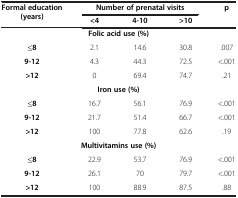
| Formal education (years) | <COLSPAN=3> Number of prenatal visits | p |
 |  | <4 | 4-10 | >10 |  |
 | --- | --- | --- | --- | --- |
 | <COLSPAN=5> Folic acid use (%) |
 | ≤8 | 2.1 | 14.6 | 30.8 | .007 |
 | 9-12 | 4.3 | 44.3 | 72.5 | <.001 |
 | >12 | 0 | 69.4 | 74.7 | .21 |
 | <COLSPAN=5> Iron use (%) |
 | ≤8 | 16.7 | 56.1 | 76.9 | <.001 |
 | 9-12 | 21.7 | 51.4 | 66.7 | <.001 |
 | >12 | 100 | 77.8 | 62.6 | .19 |
 | <COLSPAN=5> Multivitamins use (%) |
 | ≤8 | 22.9 | 53.7 | 76.9 | <.001 |
 | 9-12 | 26.1 | 70 | 79.7 | <.001 |
 | >12 | 100 | 88.9 | 87.5 | .88 |